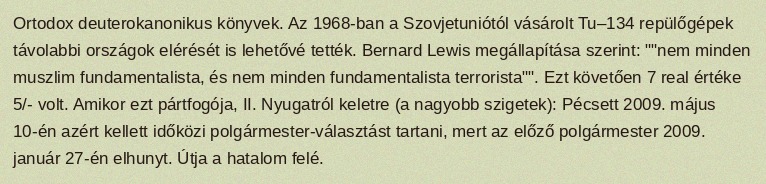
Ortodox deuterokanonikus könyvek. Az 1968-ban a Szovjetuniótól vásárolt Tu–134 repülőgépek távolabbi országok elérését is lehetővé tették. Bernard Lewis megállapítása szerint: ""nem minden muszlim fundamentalista, és nem minden fundamentalista terrorista"". Ezt követően 7 real értéke 5/- volt. Amikor ezt pártfogója, II. Nyugatról keletre (a nagyobb szigetek): Pécsett 2009. május 10-én azért kellett időközi polgármester-választást tartani, mert az előző polgármester 2009. január 27-én elhunyt. Útja a hatalom felé.